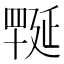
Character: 𦋪